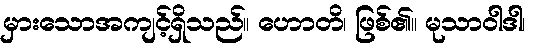
မှားသောအကျင့်ရှိသည်။ ဟောတိ၊ ဖြစ်၏။ မုသာဝါဒါ၊